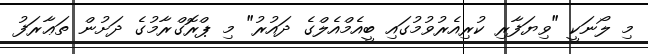
މި ލޯނަކީ "ވިޔަފާރި ކުރިއެރުވުމުގައި ބީއެމްއެލްގެ ދައުރު" މި ޕްރޮގްރާމުގެ ދަށުން ތަޢާރަފު